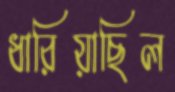
ধারিয়াছিল